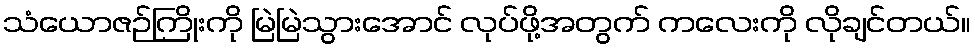
သံယောဇဉ်ကြိုးကို မြဲမြဲသွားအောင် လုပ်ဖို့အတွက် ကလေးကို လိုချင်တယ်။